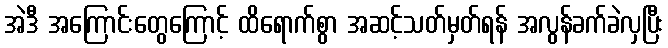
အဲဒီ အကြောင်းတွေကြောင့် ထိရောက်စွာ အဆင့်သတ်မှတ်ရန် အလွန်ခက်ခဲလှပြီး